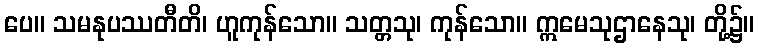
ပေ။ သမနုပဿတီတိ၊ ဟူကုန်သော။ သတ္တသု၊ ကုန်သော။ ဣမေသုဌာနေသု၊ တို့၌။